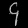
Digit: ၄